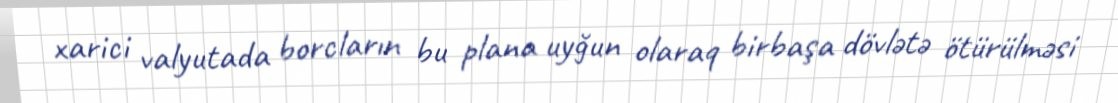
xarici valyutada borcların bu plana uyğun olaraq birbaşa dövlətə ötürülməsi